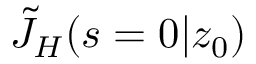
\tilde { J } _ { H } ( s = 0 | z _ { 0 } )